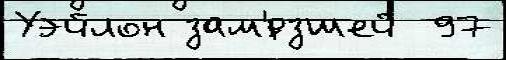
Уэйлон зам'́рзшей  97